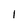
Character: 1